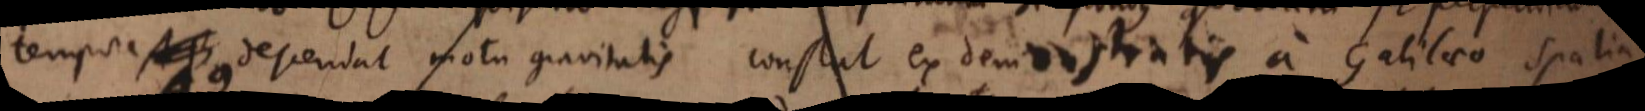
tempore AB descendat motu gravitatis constat ex demonstratis a Galilaeo spatia